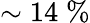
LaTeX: \sim 14\; \%